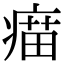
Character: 𤸠